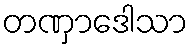
တဏှာဒေါသာ